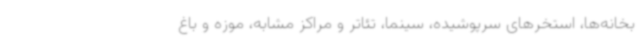
بخانه‌ها، استخرهای سرپوشیده، سینما، تئاتر و مراکز مشابه، موزه و باغ